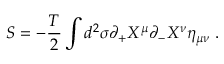
S = - \frac { T } { 2 } \int d ^ { 2 } \sigma \partial _ { + } X ^ { \mu } \partial _ { - } X ^ { \nu } \eta _ { \mu \nu } \; .